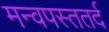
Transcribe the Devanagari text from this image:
मन्वपस्ततर्द